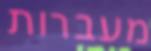
מעברות